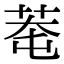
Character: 䓐